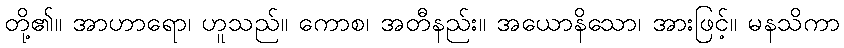
တို့၏။ အာဟာရော၊ ဟူသည်။ ကောစ၊ အတီနည်း။ အယောနိသော၊ အားဖြင့်။ မနသိကာ